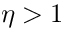
\eta > 1